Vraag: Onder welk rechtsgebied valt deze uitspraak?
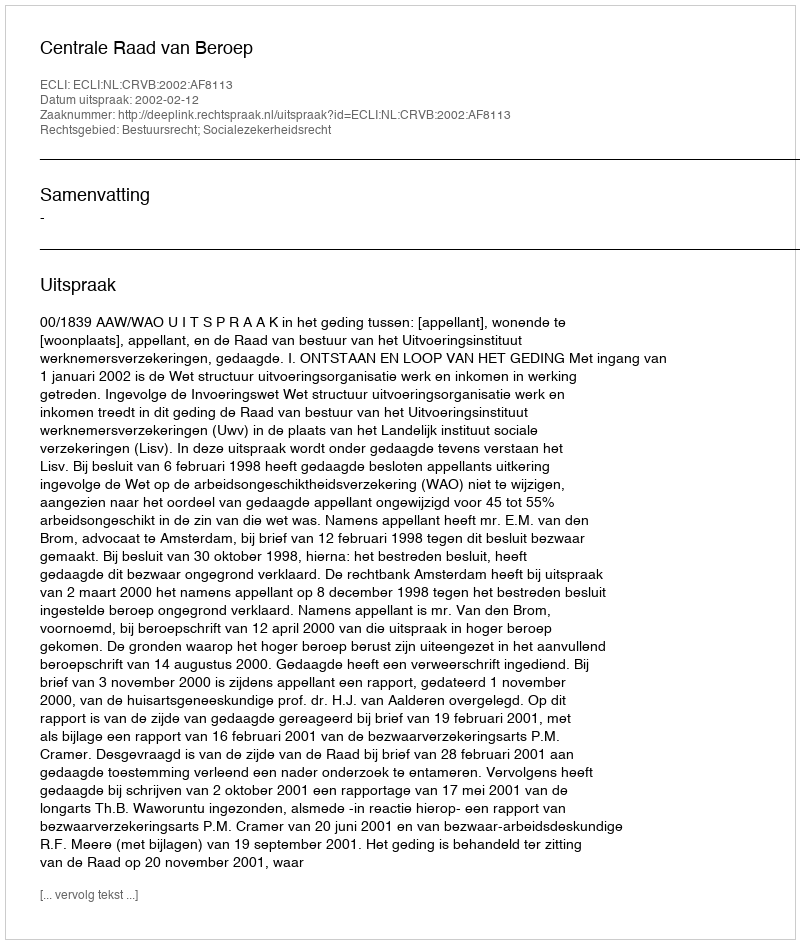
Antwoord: Bestuursrecht; Socialezekerheidsrecht